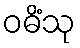
ဝဓိံသု